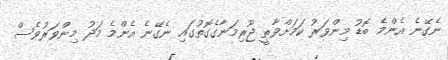
ނެގޭނެ އެންމެ ބޮޑު މިންވަރު ކަމަށްވާތީ ޖޫރިމަނާގެގޮތުގައި ނެގޭނެ އެންމެ މަދު މިންވަރުވެސް